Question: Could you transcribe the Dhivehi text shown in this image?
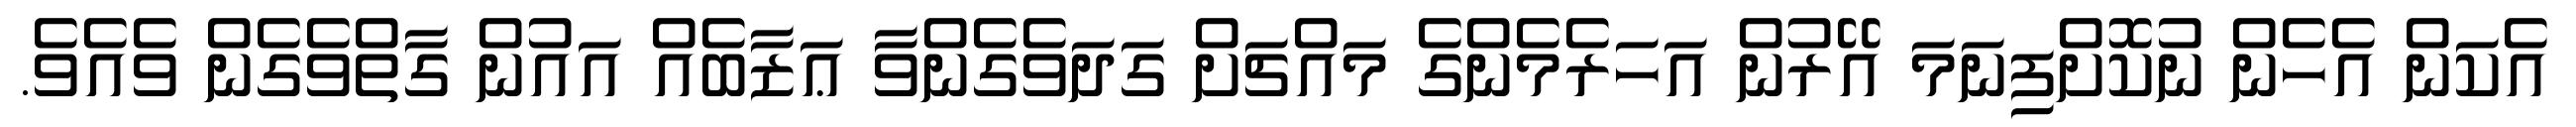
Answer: އެކަން އެހެން ނުކޮށްފިނަމަ އޭރުން އަހަރެމެންގެ މައްޗަށް ގަދަވެގެންވާ ޢަޒާބެއް އައުން ގާތްވެގެން ވެއެވެ.